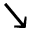
\searrow